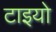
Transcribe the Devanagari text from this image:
टाइयो